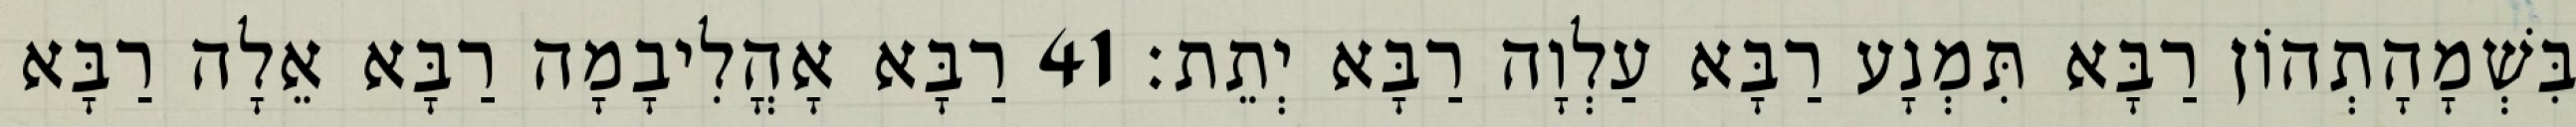
בִּשְׁמָהָתְהוֹן רַבָּא תִּמְנָע רַבָּא עַלְוָה רַבָּא יְתֵת׃ 41 רַבָּא אָהֳלִיבָמָה רַבָּא אֵלָה רַבָּא